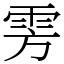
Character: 雱